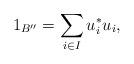
LaTeX: \begin{align*}1_{B''} = \sum_{i \in I}u^*_iu_i ,\end{align*}